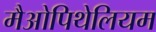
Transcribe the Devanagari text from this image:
मैओपिथेलियम